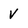
Character: V